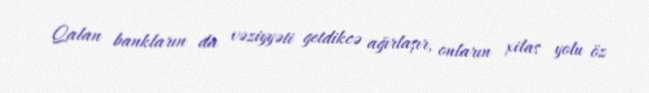
Qalan bankların da vəziyyəti getdikcə ağırlaşır, onların xilas yolu öz